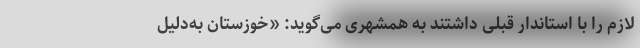
لازم را با استاندار قبلی داشتند به همشهری می‌گوید: «خوزستان به‌دلیل